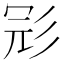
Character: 𢒎